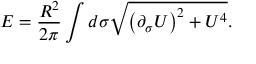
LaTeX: E = \frac { R ^ { 2 } } { 2 \pi } \int d \sigma \sqrt { \left( \partial _ { \sigma } U \right) ^ { 2 } + U ^ { 4 } } .